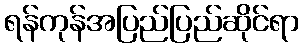
ရန်ကုန်အပြည်ပြည်ဆိုင်ရာ